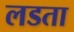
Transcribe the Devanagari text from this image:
लडता